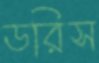
ডরিস